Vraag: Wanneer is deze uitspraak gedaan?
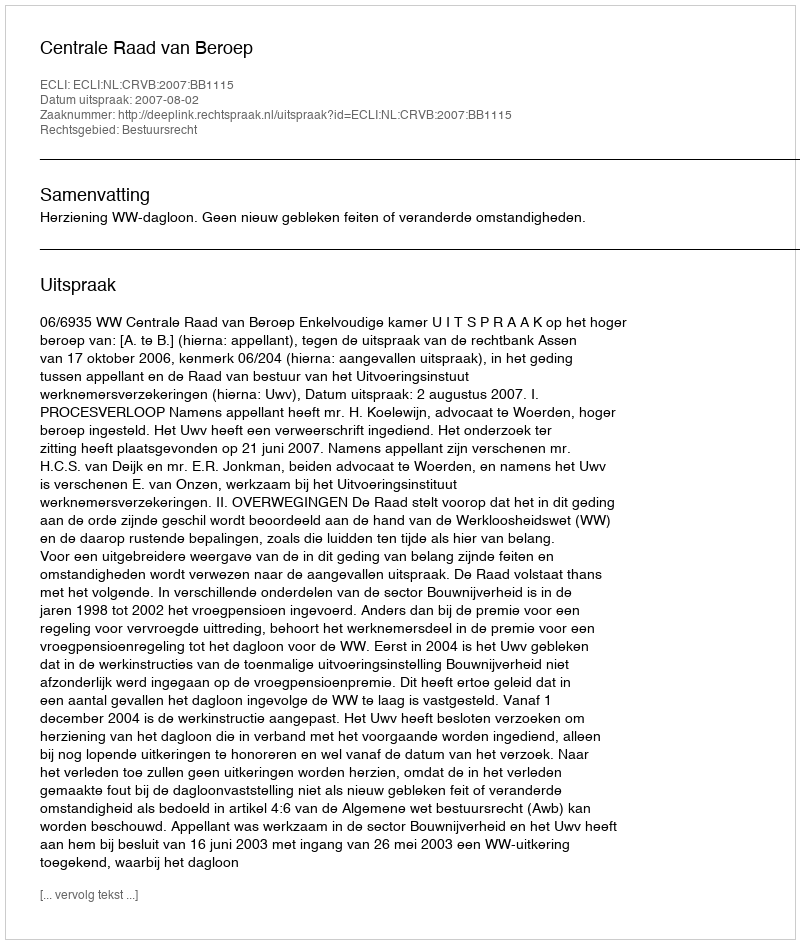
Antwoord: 2007-08-02